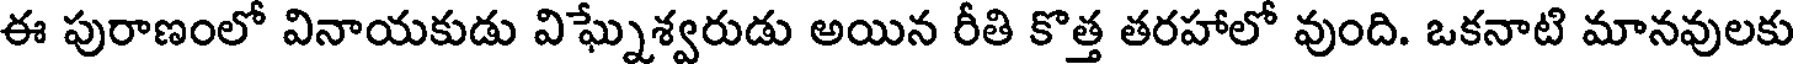
ఈ పురాణంలో వినాయకుడు విఘ్నేశ్వరుడు అయిన రీతి కొత్త తరహాలో వుంది. ఒకనాటి మానవులకు